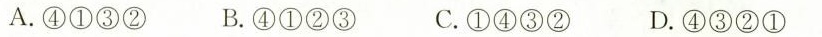
A.④①③② B.④①②③ C.①④③② D.④③②①